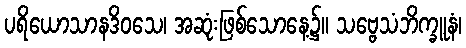
ပရိယောသာနဒိဝသေ၊ အဆုံးဖြစ်သောနေ့၌။ သဗ္ဗေသံဘိက္ခူနံ၊